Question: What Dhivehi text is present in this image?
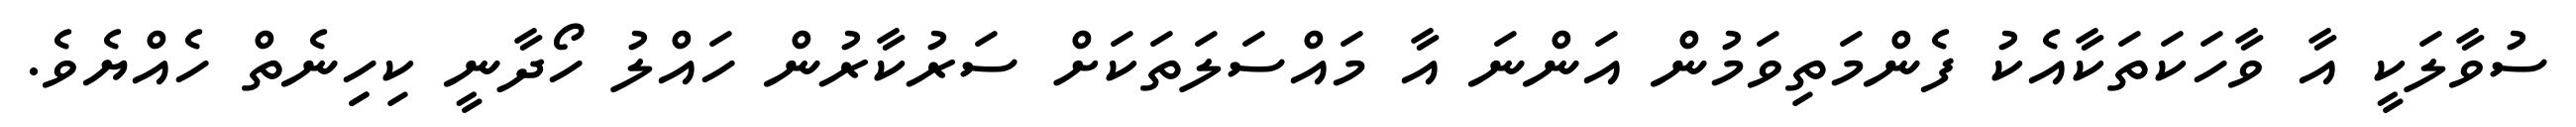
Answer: ސުވާލަކީ އާ ވާހަކަތަކާއެކު ފެންމަތިވަމުން އަންނަ އާ މައްސަލަތަކަށް ސަރުކާރުން ހައްލު ހޯދާނީ ކިހިިނެތް ހެއްޔެވެ.